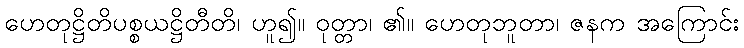
ဟေတုဋ္ဌိတိပစ္စယဋ္ဌိတီတိ၊ ဟူ၍။ ဝုတ္တာ၊ ၏။ ဟေတုဘူတာ၊ ဇနက အကြောင်း